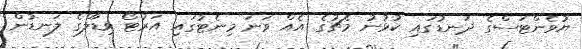
ޔުވެންޓަސްގެ ދަނޑުގައި ކުޅުނު މެޗުގެ އެއް ވަނަ މިނެޓުގައި އަރުޓޯ ވިޑާލްގެ ލަނޑުން